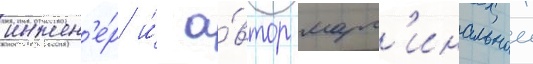
инжен'е́р и́ а́втор марг'инальнои